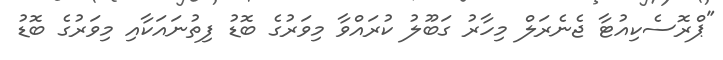
"ޕްރޮސެކިއުޓާ ޖެނެރަލް މިހާރު ގަބޫލު ކުރައްވާ މިވަރުގެ ބޮޑު ފިތުނައަކާއި މިވަރުގެ ބޮޑު